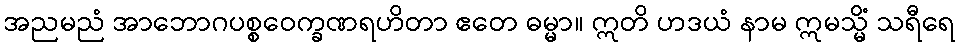
အညမညံ အာဘောဂပစ္စဝေက္ခဏရဟိတာ ဧတေ ဓမ္မာ။ ဣတိ ဟဒယံ နာမ ဣမသ္မိံ သရီရေ